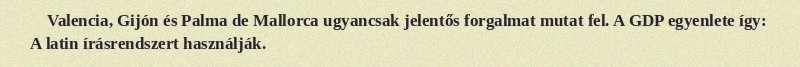
Valencia, Gijón és Palma de Mallorca ugyancsak jelentős forgalmat mutat fel. A GDP egyenlete így: A latin írásrendszert használják.